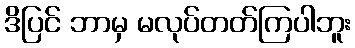
ဒိပြင် ဘာမှ မလုပ်တတ်ကြပါဘူး